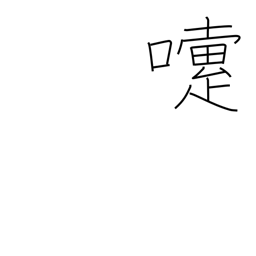
Meaning: sneeze